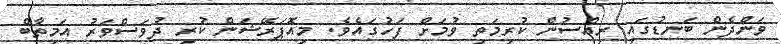
ވަންދެން ބަނޑުގައި ރިއްސުން ކުރިމަތި ވުމަށް ފަހުގައެވެ. މިއޮޕަރޭޝަން ކުރި ދުވަސްވަރު އަމިތާބް